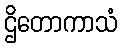
ဌိတောကာသံ